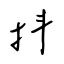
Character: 抖